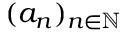
( a _ { n } ) _ { n \in \mathbb { N } }